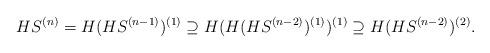
LaTeX: \begin{align*} HS^{(n)}=H(HS^{(n-1)})^{(1)} \supseteq H(H(HS^{(n-2)})^{(1)})^{(1)} \supseteq H(HS^{(n-2)})^{(2)} . \end{align*}